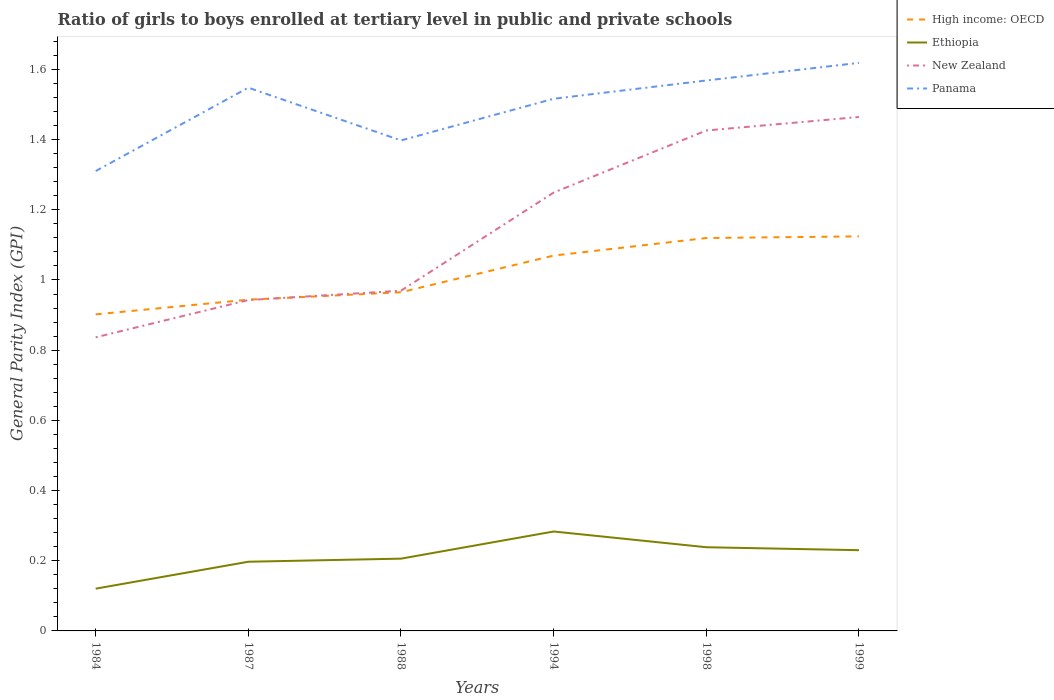
| Years | High income: OECD | Ethiopia | New Zealand | Panama |
 | --- | --- | --- | --- | --- |
 | 1984 | 0.902 | 0.12 | 0.837 | 1.31 |
 | 1987 | 0.944 | 0.197 | 0.943 | 1.55 |
 | 1988 | 0.965 | 0.206 | 0.969 | 1.4 |
 | 1994 | 1.07 | 0.283 | 1.25 | 1.52 |
 | 1998 | 1.12 | 0.238 | 1.43 | 1.57 |
 | 1999 | 1.12 | 0.23 | 1.46 | 1.62 |